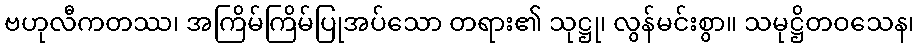
ဗဟုလီကတဿ၊ အကြိမ်ကြိမ်ပြုအပ်သော တရား၏ သုဋ္ဌု၊ လွန်မင်းစွာ။ သမုဋ္ဌိတဝသေန၊